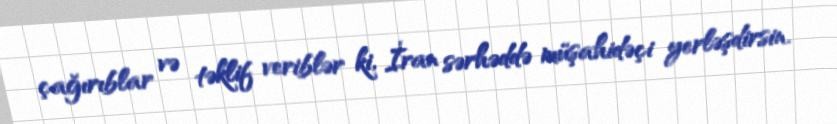
çağırıblar və təklif veriblər ki, İran sərhəddə müşahidəçi yerləşdirsin.